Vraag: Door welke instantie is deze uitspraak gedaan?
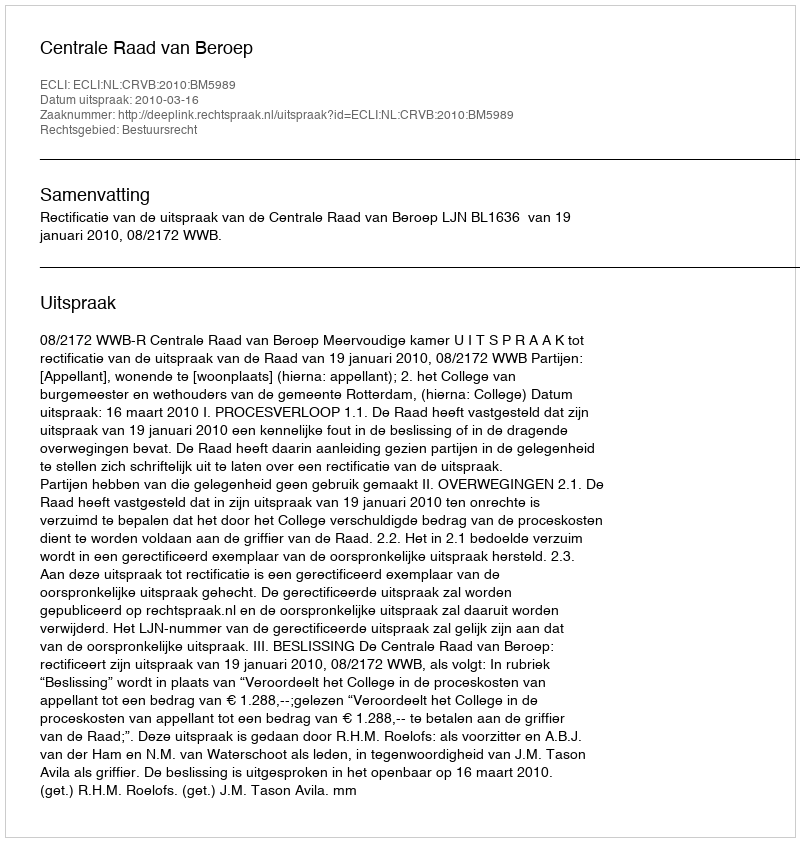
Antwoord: Centrale Raad van Beroep